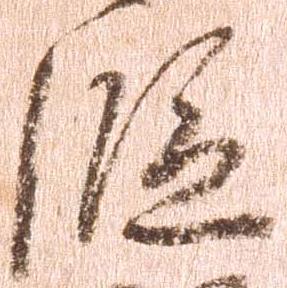
段